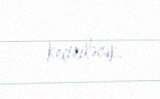
keçiriləcək.